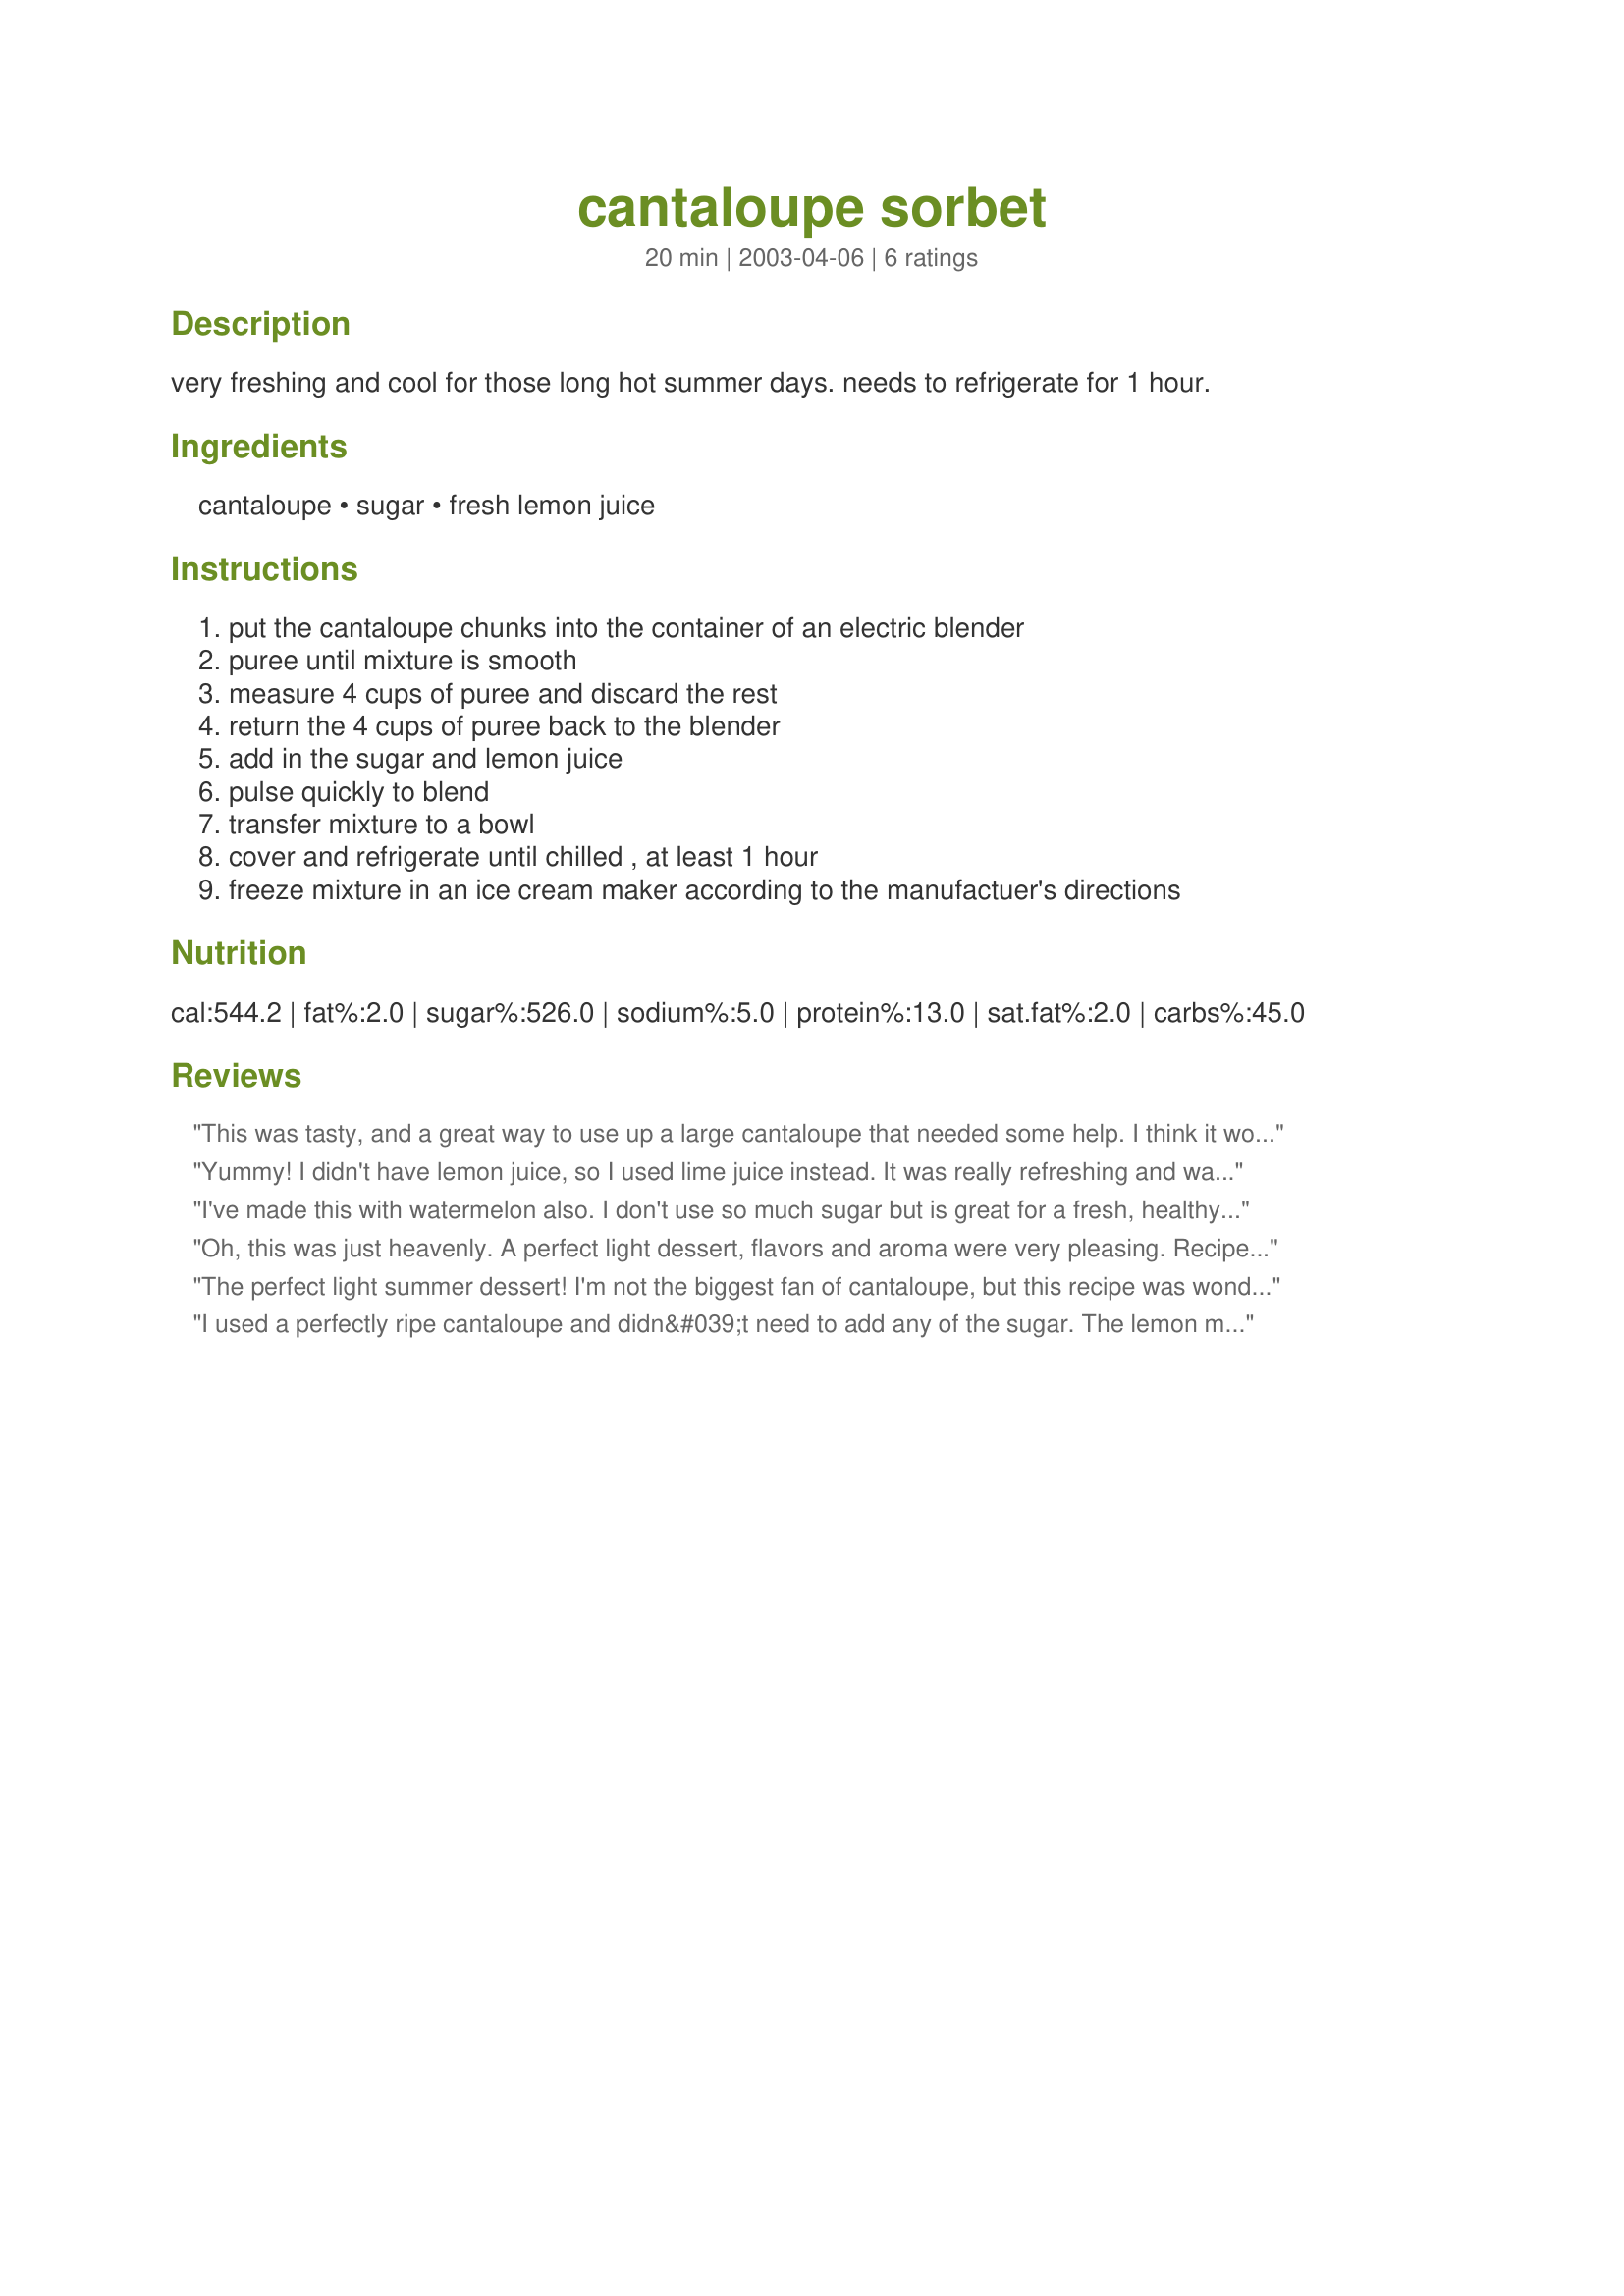
cantaloupe sorbet
Preparation time: 20 minutes

very freshing and cool for those long hot summer days. needs to refrigerate for 1 hour.

Ingredients:
cantaloupe, sugar, fresh lemon juice

Steps:
put the cantaloupe chunks into the container of an electric blender, puree until mixture is smooth, measure 4 cups of puree and discard the rest, return the 4 cups of puree back to the blender, add in the sugar and lemon juice, pulse quickly to blend, transfer mixture to a bowl, cover and refrigerate until chilled , at least 1 hour, freeze mixture in an ice cream maker according to the manufactuer's directions

Reviews:
This was tasty, and a great way to use up a large cantaloupe that needed some help. I think it would be especially tasty with 3 Tbs of midori melon liquor added, but I wanted my small kids to eat this so I didn't add any.
Yummy! I didn't have lemon juice, so I used lime juice instead. It was really refreshing and was perfect in my brand new ice cream maker. Thanks!
I've made this with watermelon also. I don't use so much sugar but is great for a fresh, healthy treat in the winter.
Oh, this was just heavenly.
A perfect light dessert, flavors and aroma were very pleasing.
Recipe was made as directed this time, will be making again this weekend, but trying peaches. I think I'll be using this one a lot. Yummy, but so much better for you than ice cream. And much less expensive to make than ice cream too! :)
The perfect light summer dessert! I'm not the biggest fan of cantaloupe, but this recipe was wonderful. I added some strawberries as well to make it more to my liking. One of my favorites now.
I used a perfectly ripe cantaloupe and didn&#039;t need to add any of the sugar. The lemon made it SUPER sweet but added a nice extra dimension to the taste. I resisted the temptation to add a splash of Midori THIS time, but next time, a little nip of the sauce for sure!
